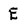
Character: E